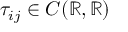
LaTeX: { \hat { u } } \cdot { \hat { u } } = 1